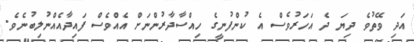
އަދި ވޭތުވެ ދިޔަ ދެ އަހަރުވެސް އެ ކުންފުނީގެ ހިއްސާދާރުންނަށް އެއްވެސް ފައިދާއެއްނުލިބުނެވެ.